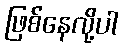
ဖြစ်နေလို့ပါ